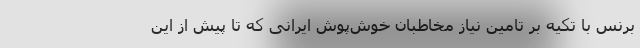
برنس با تکیه بر تامین نیاز مخاطبان خوش‌پوش ایرانی که تا پیش از این